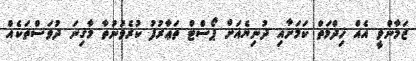
ޒަމާންވީ އެއް ޚިދްމަތް ކަމަށާއި ދުނިޔެއަށް ޕޯސްޓް ތަޢާރުފު ކުރެވުނުތާ މާގިނަ ދުވަސްތަކެއް